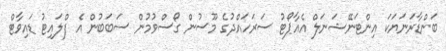
ބަންޑާރަނަޔަަކަ އިންޓަނޭޝަނަލް އެއާޕޯޓު ސަރަހައްދުގެ މޫސުން ގޯސްވުމުން ސަބަބުން އެ ފްލައިޓު ޑައިވާޓް